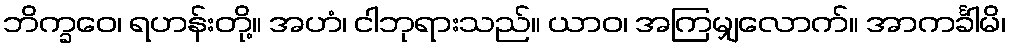
ဘိက္ခဝေ၊ ရဟန်းတို့။ အဟံ၊ ငါဘုရားသည်။ ယာဝ၊ အကြမျှလောက်။ အာကင်္ခါမိ၊